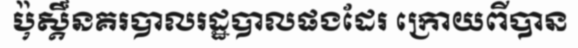
ប៉ុស្តិ៍នគរបាលរដ្ឋបាលផងដែរ ក្រោយពីបាន